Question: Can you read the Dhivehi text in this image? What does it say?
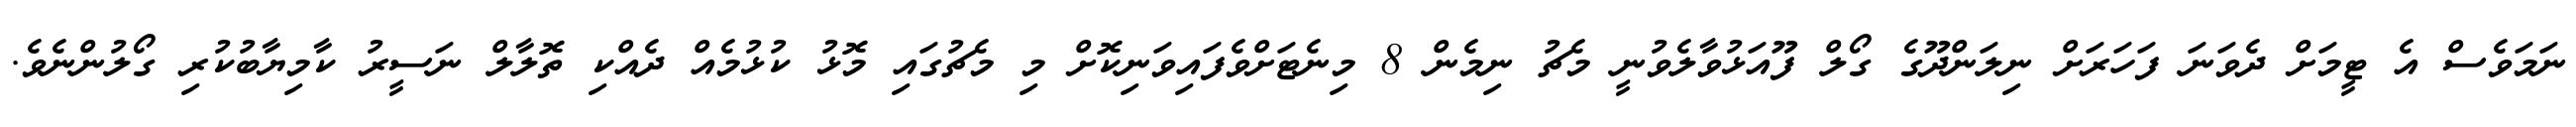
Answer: ނަމަވެސް އެ ޓީމަށް ދެވަނަ ފަހަރަށް ނިލަންދޫގެ ގޯލް ފޫއަޅުވާލެވުނީ މެޗު ނިމެން 8 މިނެޓަށްވެފައިވަނިކޮށް މި މެޗުގައި މޮޅު ކުޅުމެއް ދެއްކި ތޮލާލް ނަސީރު ކާމިޔާބުކުރި ގޯލުންނެވެ.